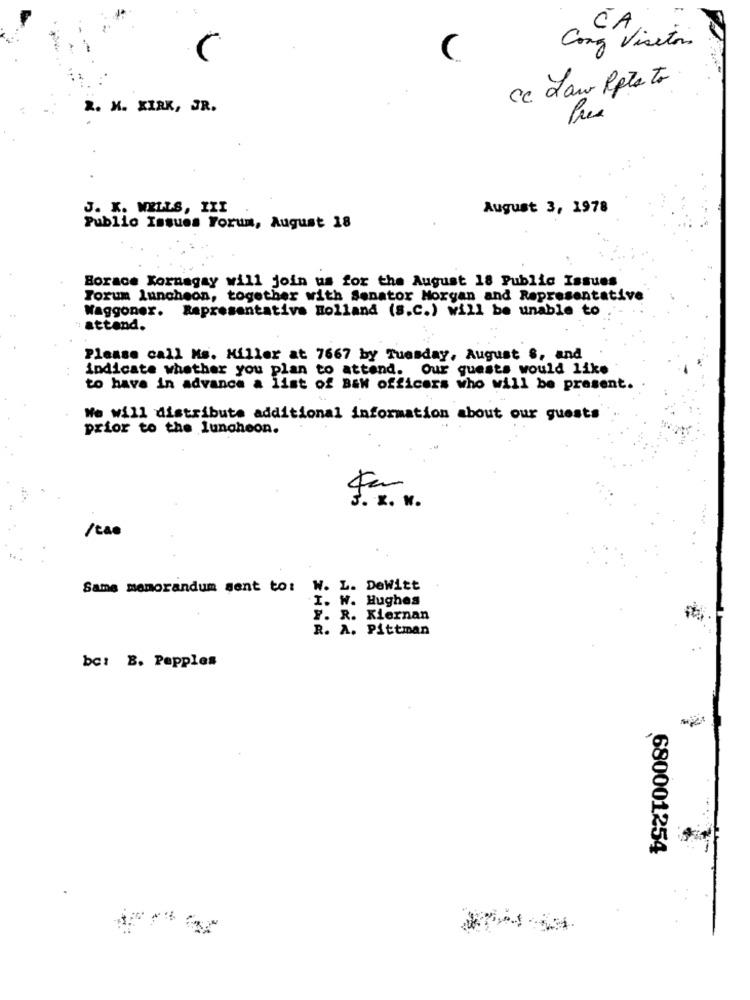
CA
Cong Visitors
C
cc Law Pple to
R. M. KIRK, JR.
Pres
J. K. WELLS, III
August 3, 1978
Publio Issues Forum, August 18
Borace Xornagay will join us for the August 18 Public Issues
Forum luncheon, together with Senator Morgan and Representative
Waggoner. Representativa Holland (S.C.) will be unable to
attand.
Please call Ms. Miller at 7667 by Tuesday, August S, and
indicate whether you plan to attend. Our guests would like
to have in advance a list of B&W officers who will be present.
We will distribute additional information about our guests
prior to the luncheon.
. I. v.
/cao
Same memorandum sent to: W. L. DeWitt
I. W. Hughes
F. R. Kiernan
R. A. Pittman
bc: B. Pepples
680001254